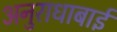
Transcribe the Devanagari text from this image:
अनुराधाबाई